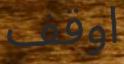
اوقف